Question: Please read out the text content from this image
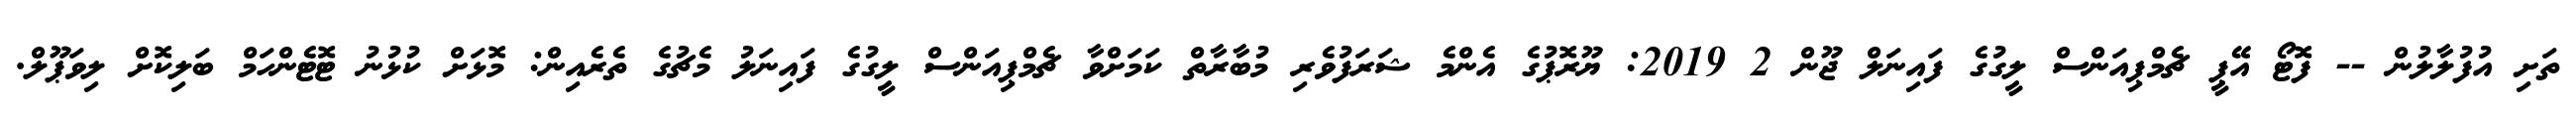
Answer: ތަށި އުފުލާލުން -- ފޮޓޯ އޭޕީ ޗެމްޕިއަންސް ލީގުގެ ފައިނަލް ޖޫން 2 2019: ޔޫރޮޕުގެ އެންމެ ޝަރަފުވެރި މުބާރާތް ކަމަށްވާ ޗެމްޕިއަންސް ލީގުގެ ފައިނަލު މެޗުގެ ތެރެއިން: މޮޅަށް ކުޅުނު ޓޮޓެންހަމް ބަލިކޮށް ލިވަޕޫލް.